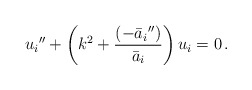
\begin{align*}{u_i}''+\left(k^2+\frac{({-\bar{a}_i}'')}{\bar{a}_i}\right)u_i=0 \,.\end{align*}